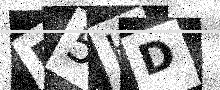
Text: B5HD